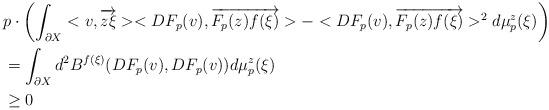
LaTeX: \begin{align*}& p \cdot \left(\int_{\partial X} < v, \overrightarrow{z\xi} > < DF_p(v), \overrightarrow{F_p(z)f(\xi)} > - < DF_p(v), \overrightarrow{F_p(z)f(\xi)} >^2 d\mu^z_p(\xi)\right) \\& = \int_{\partial X} d^2 B^{f(\xi)}(DF_p(v), DF_p(v)) d\mu^z_p(\xi) \\& \geq 0 \\\end{align*}